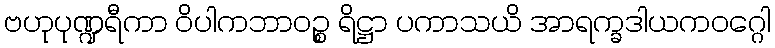
ဗဟုပုဏ္ဍရီကာ ဝိပါကဘာဝဉ္စ ရိဋ္ဌာ ပကာသယိ အာရက္ခဒါယကဝဂ္ဂေါ